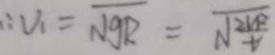
\therefore v _ { 1 } = \sqrt { g R } = \sqrt { \frac { 2 V F } { t } }